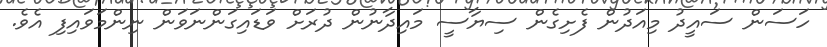
ހަސަން ސައީދު މިއަދުން ފެށިގެން ސިޔާސީ މައިދާނުން ދުރަށް ވަޑައިގަންނަވަން ނިންމަވައިފި އެވެ.